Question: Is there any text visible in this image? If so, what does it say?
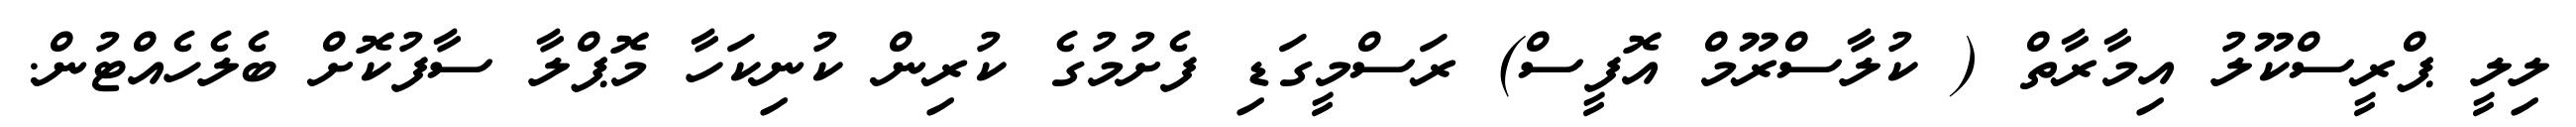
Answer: ލިލީ ޕްރީސްކޫލު އިމާރާތް ( ކުލާސްރޫމް އޮފީސް) ރަސްމީގަޑި ފެށުމުގެ ކުރިން ކުނިކަހާ މޮޕްލާ ސާފުކޮށް ބެލެހެއްޓުން.